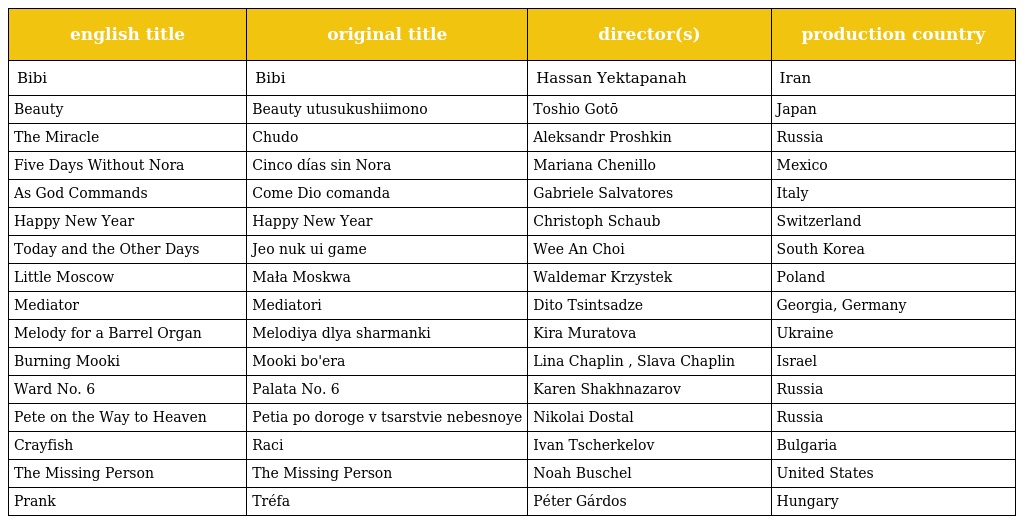
| english title | original title | director(s) | production country |
 | --- | --- | --- | --- |
 | Bibi | Bibi | Hassan Yektapanah | Iran |
 | Beauty | Beauty utusukushiimono | Toshio Gotō | Japan |
 | The Miracle | Chudo | Aleksandr Proshkin | Russia |
 | Five Days Without Nora | Cinco días sin Nora | Mariana Chenillo | Mexico |
 | As God Commands | Come Dio сomanda | Gabriele Salvatores | Italy |
 | Happy New Year | Happy New Year | Christoph Schaub | Switzerland |
 | Today and the Other Days | Jeo nuk ui game | Wee An Choi | South Korea |
 | Little Moscow | Mała Moskwa | Waldemar Krzystek | Poland |
 | Mediator | Mediatori | Dito Tsintsadze | Georgia, Germany |
 | Melody for a Barrel Organ | Melodiya dlya sharmanki | Kira Muratova | Ukraine |
 | Burning Mooki | Mooki bo'era | Lina Chaplin , Slava Chaplin | Israel |
 | Ward No. 6 | Palata No. 6 | Karen Shakhnazarov | Russia |
 | Pete on the Way to Heaven | Petia po doroge v tsarstvie nebesnoye | Nikolai Dostal | Russia |
 | Crayfish | Raci | Ivan Tscherkelov | Bulgaria |
 | The Missing Person | The Missing Person | Noah Buschel | United States |
 | Prank | Tréfa | Péter Gárdos | Hungary |